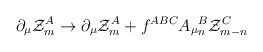
\begin{align*}\partial_\mu {\cal Z}^A_m \to \partial_\mu {\cal Z}^A_m + f^{ABC}A_\mu{}^B_n {\cal Z}^C_{m-n}\end{align*}